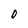
Character: 0